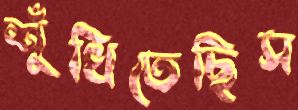
শুঁখিতেছিস